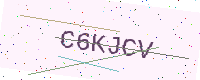
Text: C6KJCV